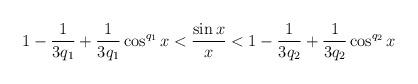
LaTeX: \begin{align*}1-\frac{1}{3q_{1}}+\frac{1}{3q_{1}}\cos ^{q_{1}}x<\frac{\sin x}{x}<1-\frac{1}{3q_{2}}+\frac{1}{3q_{2}}\cos ^{q_{2}}x \end{align*}